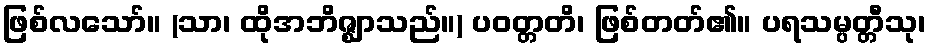
ဖြစ်လသော်။ (သာ၊ ထိုအဘိဇ္ဈာသည်။) ပဝတ္တတိ၊ ဖြစ်တတ်၏။ ပရသမ္ပတ္တီသု၊